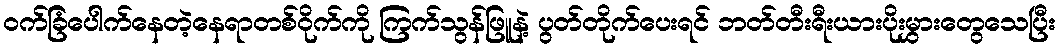
ဝက်ခြံပေါက်နေတဲ့နေရာတစ်ဝိုက်ကို ကြက်သွန်ဖြူနဲ့ ပွတ်တိုက်ပေးရင် ဘတ်တီးရီးယားပိုးမွှားတွေသေပြီး